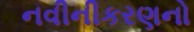
નવીનીકરણનો